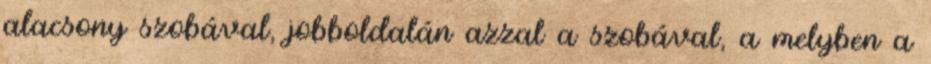
alacsony szobával, jobboldalán azzal a szobával, a melyben a